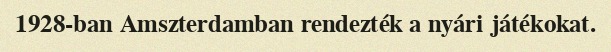
1928-ban Amszterdamban rendezték a nyári játékokat.